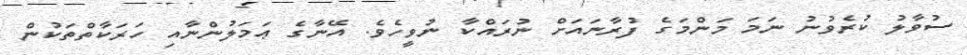
ސުވާލު ކުރެވުނު ނަމަ މަންމަގެ ފުރާނައަށް ނުރައްކާ ނުވީހެވެ. އޭނާގެ ޢަމަލުންނާއި ހަރަކާތްތަކުން